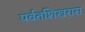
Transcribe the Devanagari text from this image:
पर्वतशिखरास